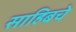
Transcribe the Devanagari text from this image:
साहिबचे